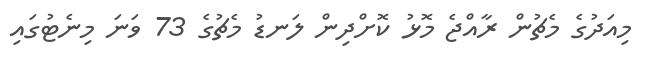
މިއަދުގެ މެޗުން ރާއްޖެ މޮޅު ކޮށްދިން ލަނޑު މެޗުގެ 73 ވަނަ މިނެޓުގައި